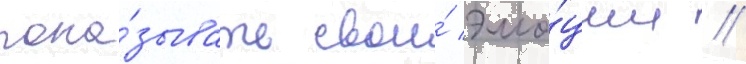
пока́зывать свои́ эмо́ции //